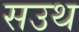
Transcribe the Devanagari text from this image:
सउथ